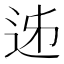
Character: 𨒉